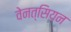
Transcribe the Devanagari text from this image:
वेनत्सियन